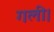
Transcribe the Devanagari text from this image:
गली।